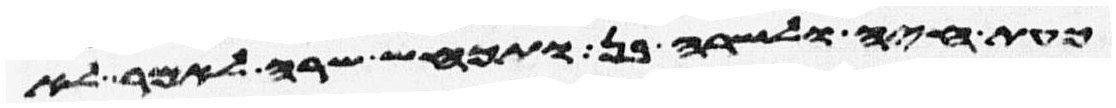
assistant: כעת חיה ולשרה בן ותכחש שרה לאמר לא